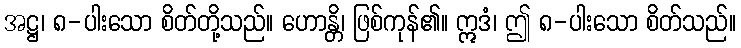
အဋ္ဌ၊ ၈-ပါးသော စိတ်တို့သည်။ ဟောန္တိ၊ ဖြစ်ကုန်၏။ ဣဒံ၊ ဤ ၈-ပါးသော စိတ်သည်။